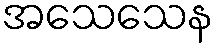
အသေသေန